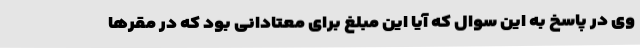
وی در پاسخ به این سوال که آیا این مبلغ برای معتادانی بود که در مقرها